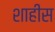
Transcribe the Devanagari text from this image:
शाहीस